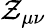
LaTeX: \mathcal{Z}_{\mu\nu}